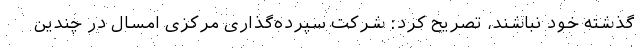
گذشته خود نباشند، تصریح کرد: شرکت سپرده‌گذاری مرکزی امسال در چندین